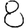
Digit: 8